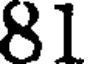
81